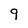
Character: 9